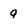
Character: q